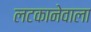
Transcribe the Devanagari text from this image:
लटकानेवाला